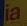
ia